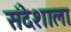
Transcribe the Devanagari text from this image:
संदेशाला